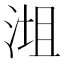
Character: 𣶝